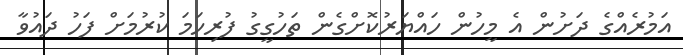
އަމުރެއްގެ ދަށުން އެ މީހުން ހައްޔަރުކޮށްގެން ތަހުގީގު ފުރިހަމަ ކުރުމަށް ފަހު ދައުވާ